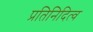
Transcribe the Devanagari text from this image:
प्रतिनिदित्व